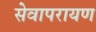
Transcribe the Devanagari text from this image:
सेवापरायण